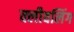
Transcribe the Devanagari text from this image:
क्लीवलिंग